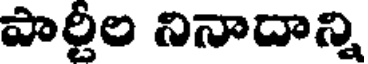
పార్టీల నినాదాన్ని